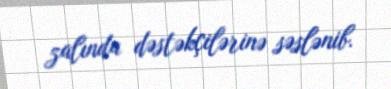
zalında dəstəkçilərinə səslənib.